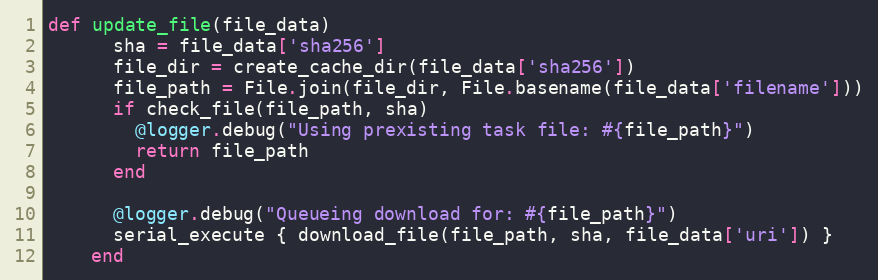
Language: Ruby
def update_file(file_data)
      sha = file_data['sha256']
      file_dir = create_cache_dir(file_data['sha256'])
      file_path = File.join(file_dir, File.basename(file_data['filename']))
      if check_file(file_path, sha)
        @logger.debug("Using prexisting task file: #{file_path}")
        return file_path
      end

      @logger.debug("Queueing download for: #{file_path}")
      serial_execute { download_file(file_path, sha, file_data['uri']) }
    end